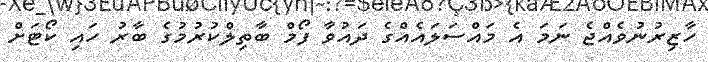
ހާޒިރުނުވެއްޖެ ނަމަ އެ މައްސަލައެއްގެ ދައުވާ ފޯމް ބާތިލްކުރުމުގެ ބާރު ހައި ކޯޓަށް